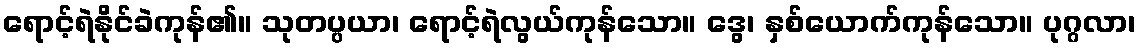
ရောင့်ရဲနိုင်ခဲကုန်၏။ သုတပ္ပယာ၊ ရောင့်ရဲလွယ်ကုန်သော။ ဒွေ၊ နှစ်ယောက်ကုန်သော။ ပုဂ္ဂလာ၊